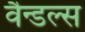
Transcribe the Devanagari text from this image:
वैन्डल्स